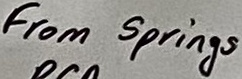
Text: From Springs